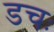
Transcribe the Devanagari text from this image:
डचः